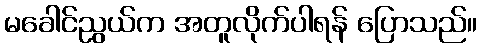
မခေါင်ညွယ်က အတူလိုက်ပါရန် ပြောသည်။